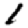
Digit: 1